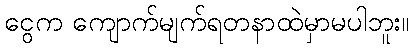
ငွေက ကျောက်မျက်ရတနာထဲမှာမပါဘူး။